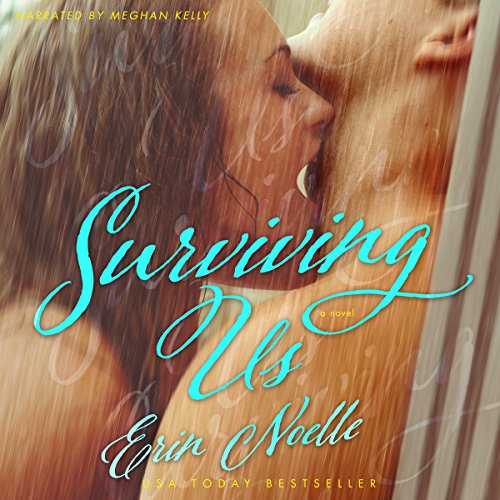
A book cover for Surviving Us; Erin Noelle; Literature & Fiction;